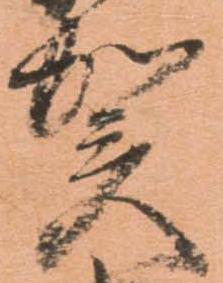
賀